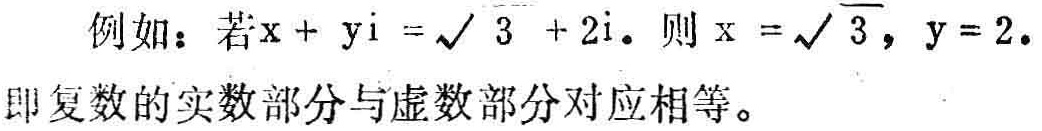
例如：若\(x + yi = \sqrt{3} + 2i\)。则\(x = \sqrt{3}, y = 2\)。
即复数的实数部分与虚数部分对应相等。